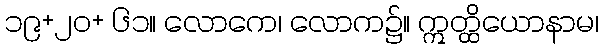
၁၉+၂၀+ ၆၁။ လောကေ၊ လောက၌။ ဣတ္ထိယောနာမ၊